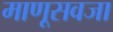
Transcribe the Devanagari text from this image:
माणूसवजा